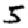
Digit: 5